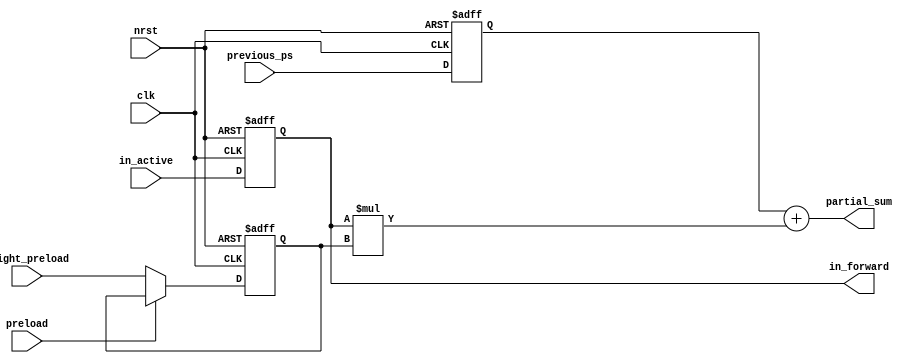
//implementation of weight stationary processing element
module ws #(parameter WORD_LEN = 4) (

input clk , // clk 
input nrst , // nrst
input preload , // preload- connected to valid of prev os_pe  

input [WORD_LEN-1 : 0] weight_preload , // the weight used
input [WORD_LEN-1 : 0] in_active , // input value
input [2*WORD_LEN-1 : 0] previous_ps ,

output [WORD_LEN-1 : 0] in_forward ,
output [2*WORD_LEN-1 : 0] partial_sum  // the calculation sent forward
//output valid // valid signal for next pe or output of the array

);

reg [WORD_LEN-1 : 0] w ;
reg [WORD_LEN-1 : 0] in ;
reg [2*WORD_LEN-1 : 0] ps  ; 


// outputs
assign partial_sum =  ps + in*w; 
assign in_forward = in ; 


// in register loading
always@(posedge clk , negedge nrst) 
	if(!nrst)
		in  <= {WORD_LEN{1'b0}};
	else
		in <= in_active ; 

// ps register loading
always@(posedge clk , negedge nrst) 
	if(!nrst)
		ps  <= {2*WORD_LEN{1'b0}};
	else
		ps <= previous_ps ; 


// weight register pre-loading
always@(posedge clk , negedge nrst) 
	if(!nrst)
		w <= {WORD_LEN{1'b0}};
	else 
		if (preload)begin
		end
		else 
			w <= weight_preload ; 

endmodule